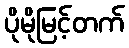
ပိုမိုမြင့်တက်